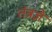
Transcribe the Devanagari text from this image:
तंत्रज्ञे